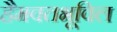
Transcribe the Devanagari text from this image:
हैमवतभूविल